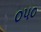
૦૫૦